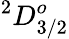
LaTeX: ^2D_{3/2}^{o}